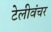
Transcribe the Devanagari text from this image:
टेलीवंचर